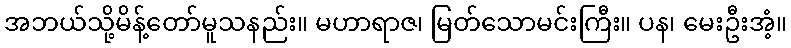
အဘယ်သို့မိန့်တော်မူသနည်း။ မဟာရာဇ၊ မြတ်သောမင်းကြီး။ ပန၊ မေးဦးအံ့။